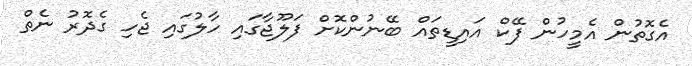
އެގޮތުން އެމީހުން ފޭކް އައިޑީތައް ބޭނުންކޮށް ފަލޫޖާގައި ހާލުގައި ޖެހި ގެދޮރު ނެތް